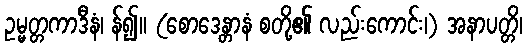
ဥမ္မတ္တကာဒီနံ၊ န်၍။ (စောဒေန္တာနံ စတို့၏ လည်းကောင်း၊) အနာပတ္တိ၊